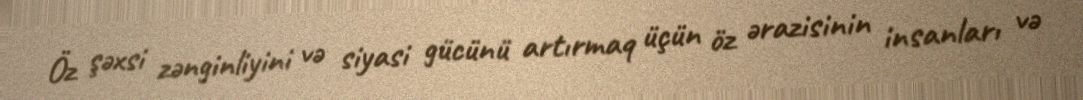
Öz şəxsi zənginliyini və siyasi gücünü artırmaq üçün öz ərazisinin insanları və